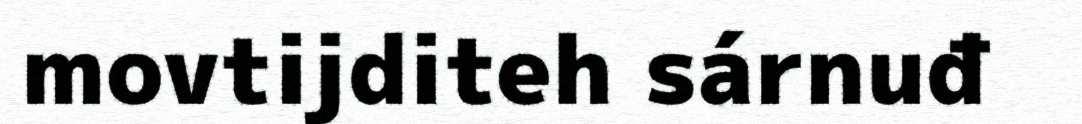
movtijditeh sárnuđ